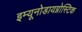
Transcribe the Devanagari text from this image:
इम्यूनोडायग्नोस्टिक